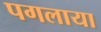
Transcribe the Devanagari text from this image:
पगलाया